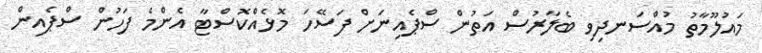
މައުލޫމާތު މުއްސަނދިވި ބެލާރުސް އަތުން ސްޕެއިނަށް ފަސޭހަ މޮޅެއްކޮސްޓާ އެންމެ ފަހުން ސްޕެއިން